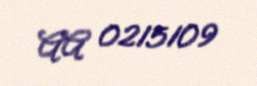
AA 0215109